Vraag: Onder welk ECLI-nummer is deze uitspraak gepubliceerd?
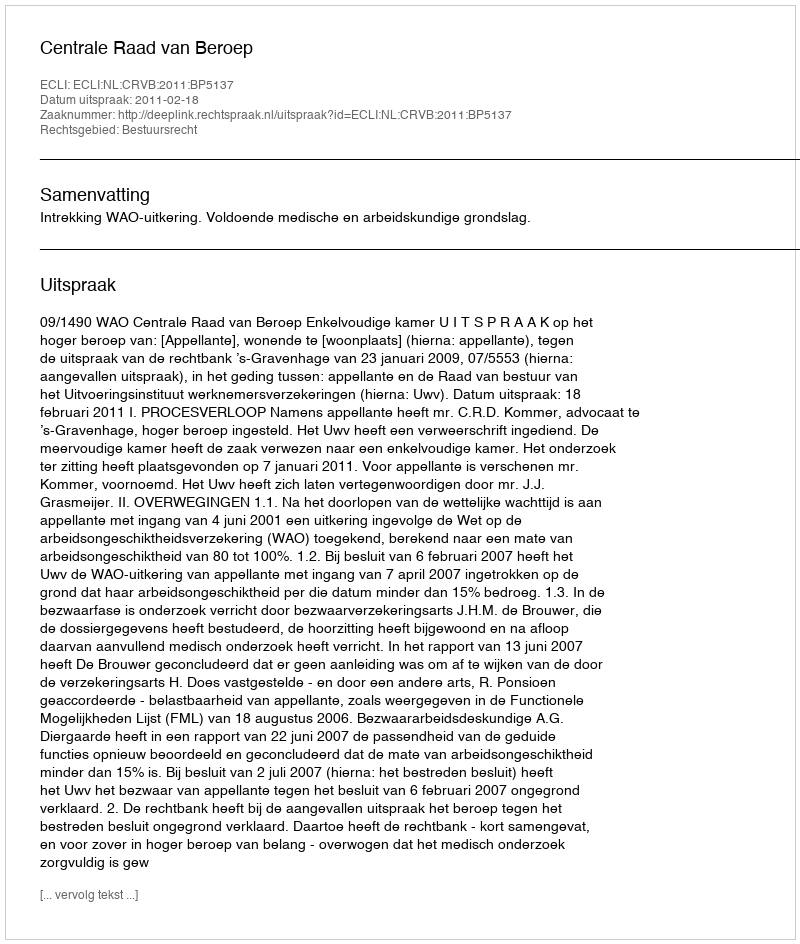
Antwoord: ECLI:NL:CRVB:2011:BP5137